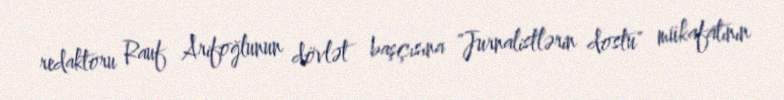
redaktoru Rauf Arifoğlunun dövlət başçısına "Jurnalistlərin dostu" mükafatının